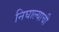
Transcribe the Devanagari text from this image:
निघाल्याची